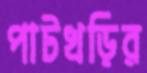
পাটখড়ির